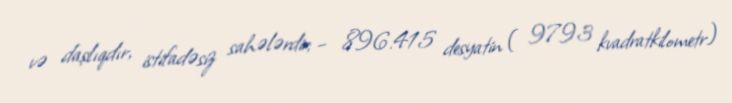
və daşlıqdır, istifadəsiz sahələrdir; – 896.415 desyatin ( 9793 kvadratkilometr)